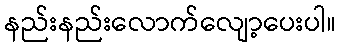
နည်းနည်းလောက်လျော့ပေးပါ။